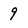
Character: 9